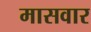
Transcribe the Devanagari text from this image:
मासवार